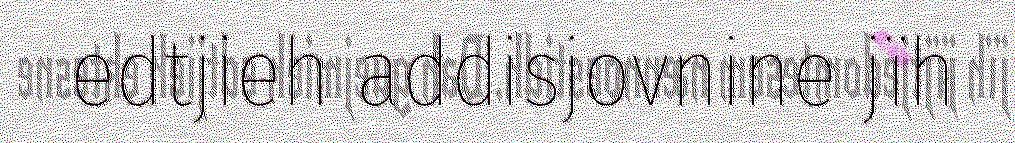
edtjieh addisjovnine jïh